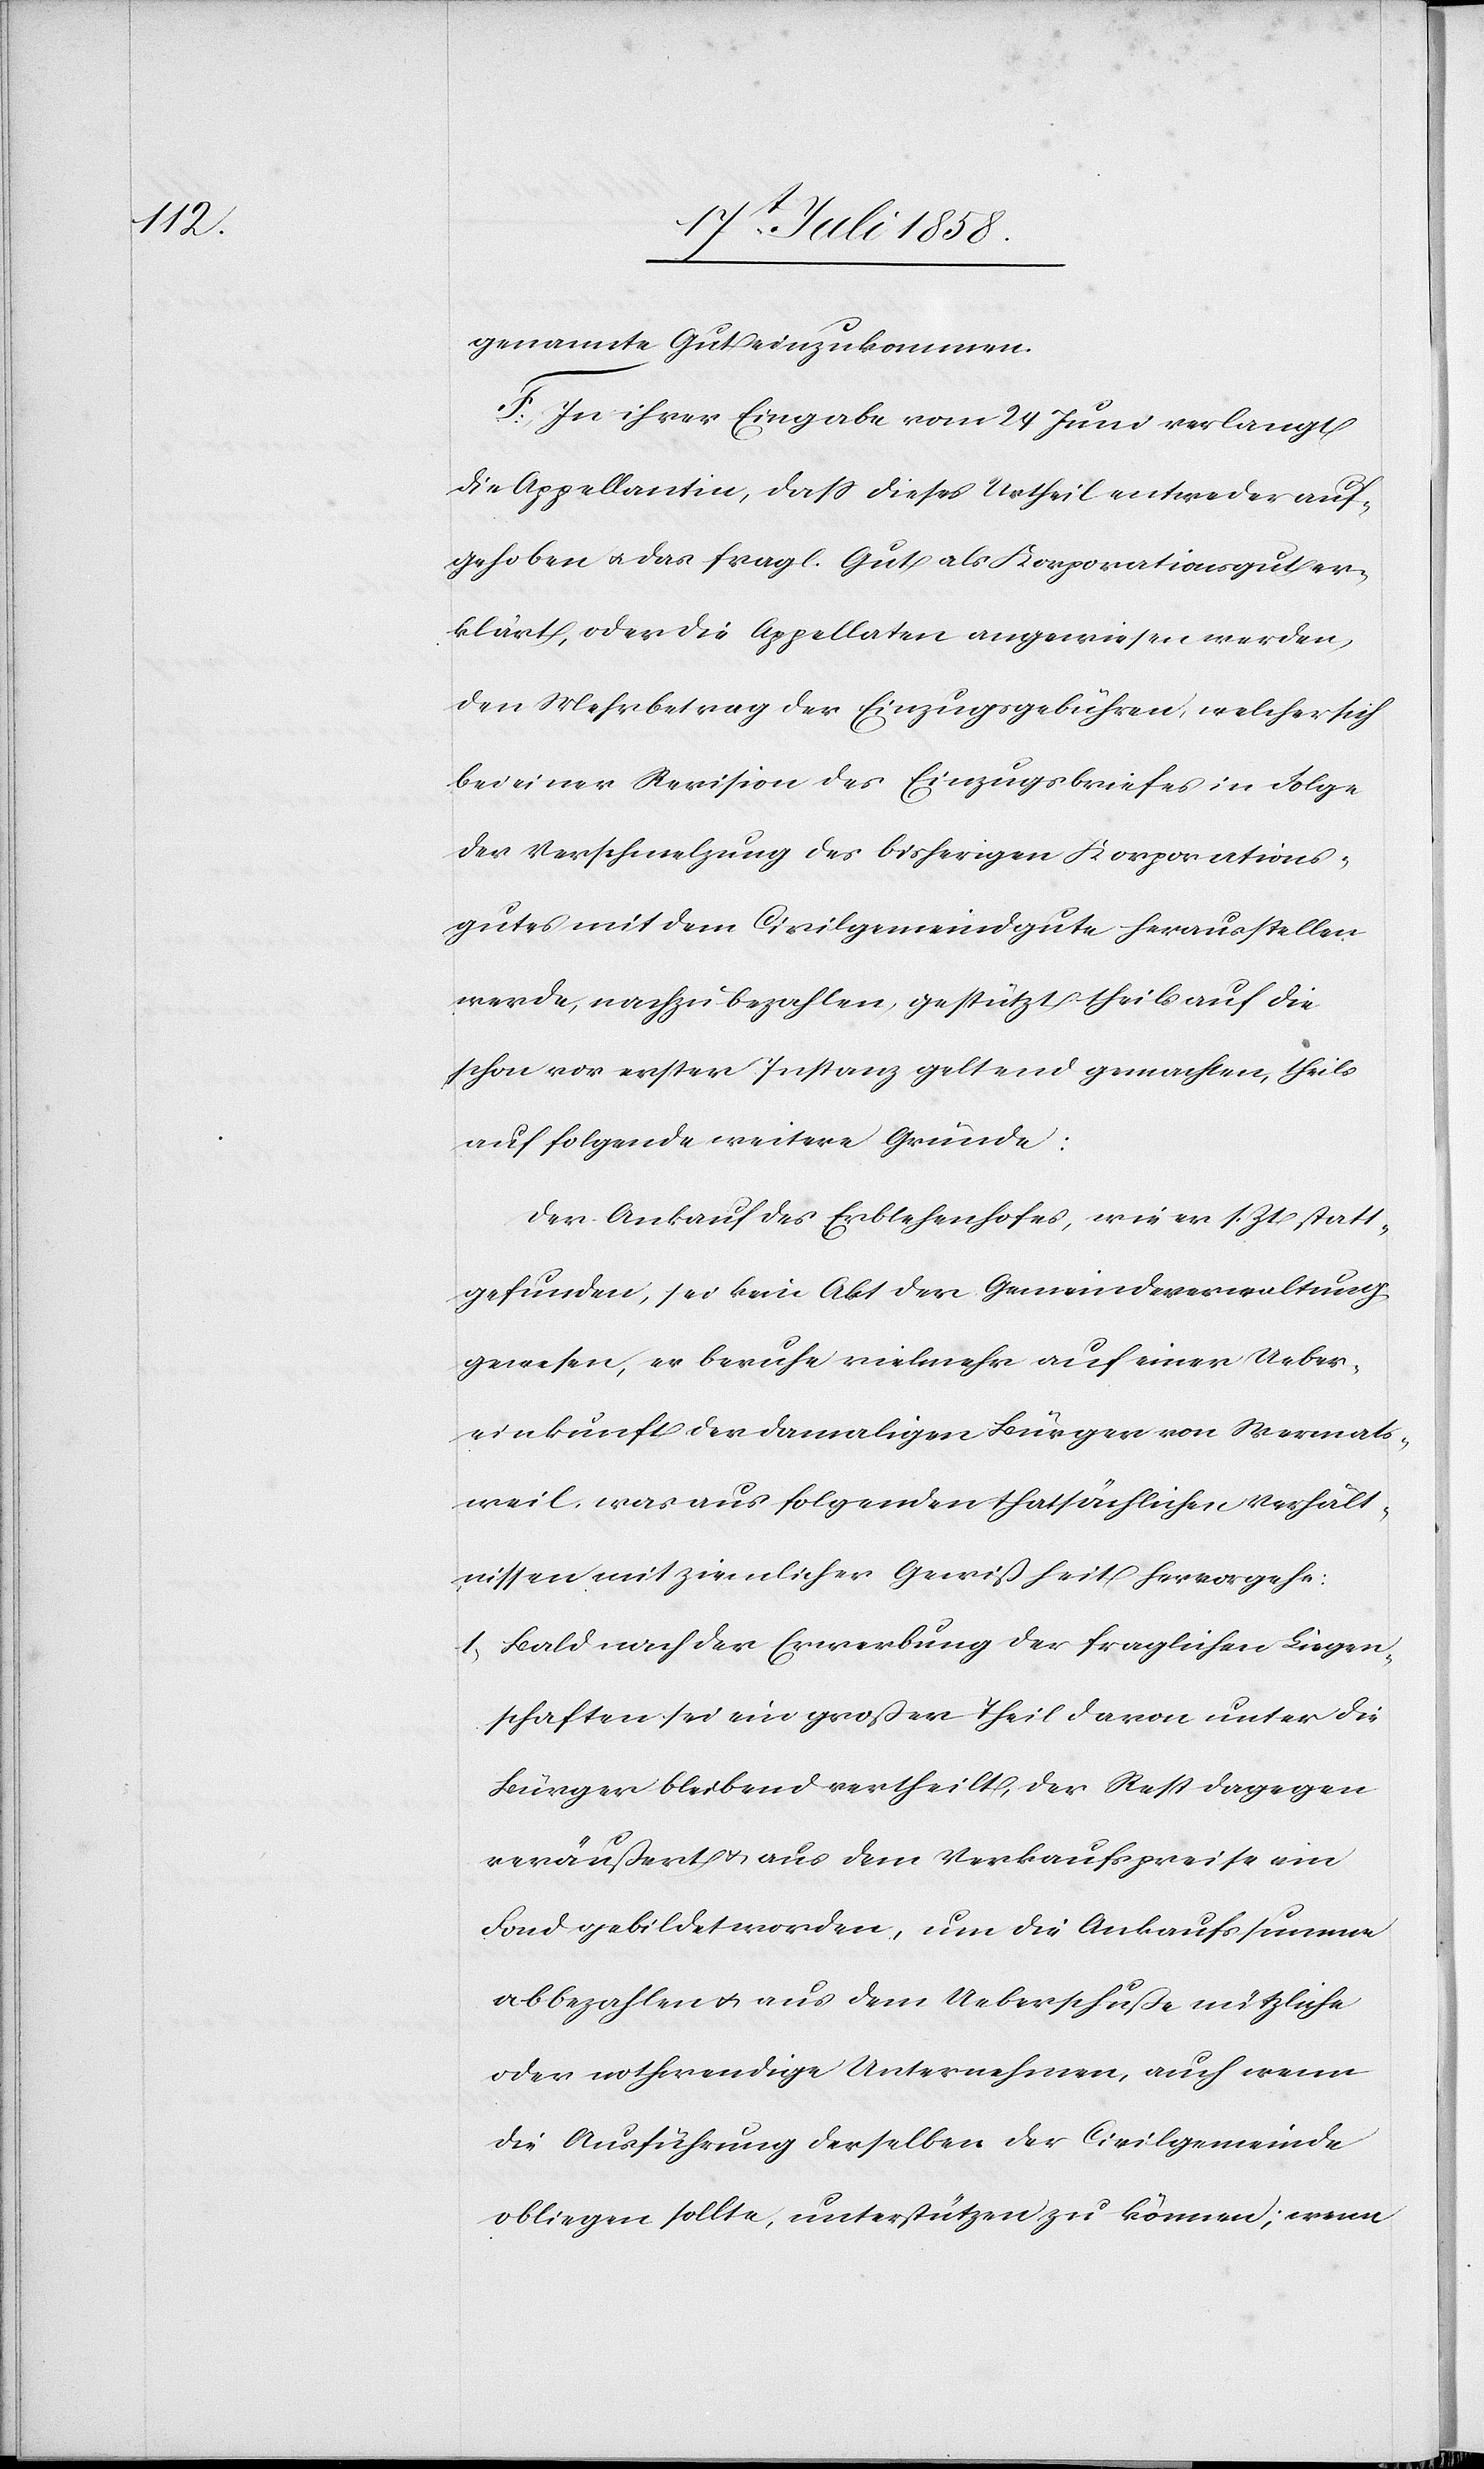
genannte Gut einzukommen.
F. In ihrer Eingabe vom 24 Juni verlangt
die Appellantin, dass dieses Urtheil entweder auf¬
gehoben & das fragl. Gut als Korporationsgut er¬
klärt, oder die Appellaten angewiesen werden,
den Mehrbetrag der Einzugsgebühren, welcher sich
bei einer Revision des Einzugsbriefes in Folge
der Verschmelzung des bisherigen Korporations¬
gutes mit dem Civilgemeindgute herausstellen
werde, nachzubezahlen, gestützt theils auf die
schon vor erster Instanz geltend gemachten, theils
auf folgende weitere Gründe:
Der Ankauf des Erblehenhofes, wie er s. Zt. statt¬
gefunden, sei kein Akt der Gemeindeverwaltung
gewesen, er beruhe vielmehr auf einer Ueber¬
einkunft der damaligen Bürger von Wermats¬
weil, was aus folgenden thatsächlichen Verhält¬
nissen mit ziemlicher Gewißheit hervorgehe:
Bald nach der Erwerbung der fraglichen Liegen¬
schaften sei ein großer Theil davon unter die
Bürger bleibend vertheilt, der Rest dagegen
veräußert & aus dem Verkaufspreise ein
Fond gebildet worden, um die Ankaufssumme
abbezahlen & aus dem Ueberschuße nützliche
oder nothwendige Unternehmen, auch wenn
die Ausführung derselben der Civilgemeinde
obliegen sollte, unterstützen zu können; wenn